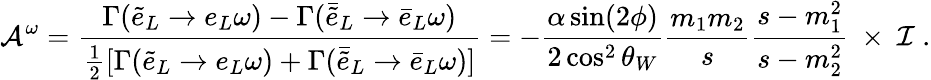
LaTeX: {\cal A}^{\omega}={\frac{\Gamma(\tilde{e}_{L}\rightarrow e_{L}\omega)-\Gamma({\bar{\tilde{e}}}_{L}\rightarrow\bar{e}_{L}\omega)}{{\frac{1}{2}}[\Gamma(\tilde{e}_{L}\rightarrow e_{L}\omega)+\Gamma(\bar{\tilde{e}}_{L}\rightarrow\bar{e}_{L}\omega)]}}=-{\frac{\alpha\sin(2\phi)}{2\cos^{2}\theta_{W}}}{\frac{m_{1}m_{2}}{s}}{\frac{s-m_{1}^{2}}{s-m_{2}^{2}}}\ \times\ {\cal I}\ .